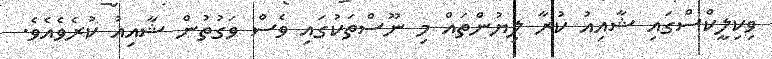
ވިކިލީކްސްގައި ޝާއިއު ކުރާ ލިޔުންތައް މި ނޫސްތަކުގައި ވެސް ވަގުތުން ޝާއިއު ކުރެވެއެވެ.